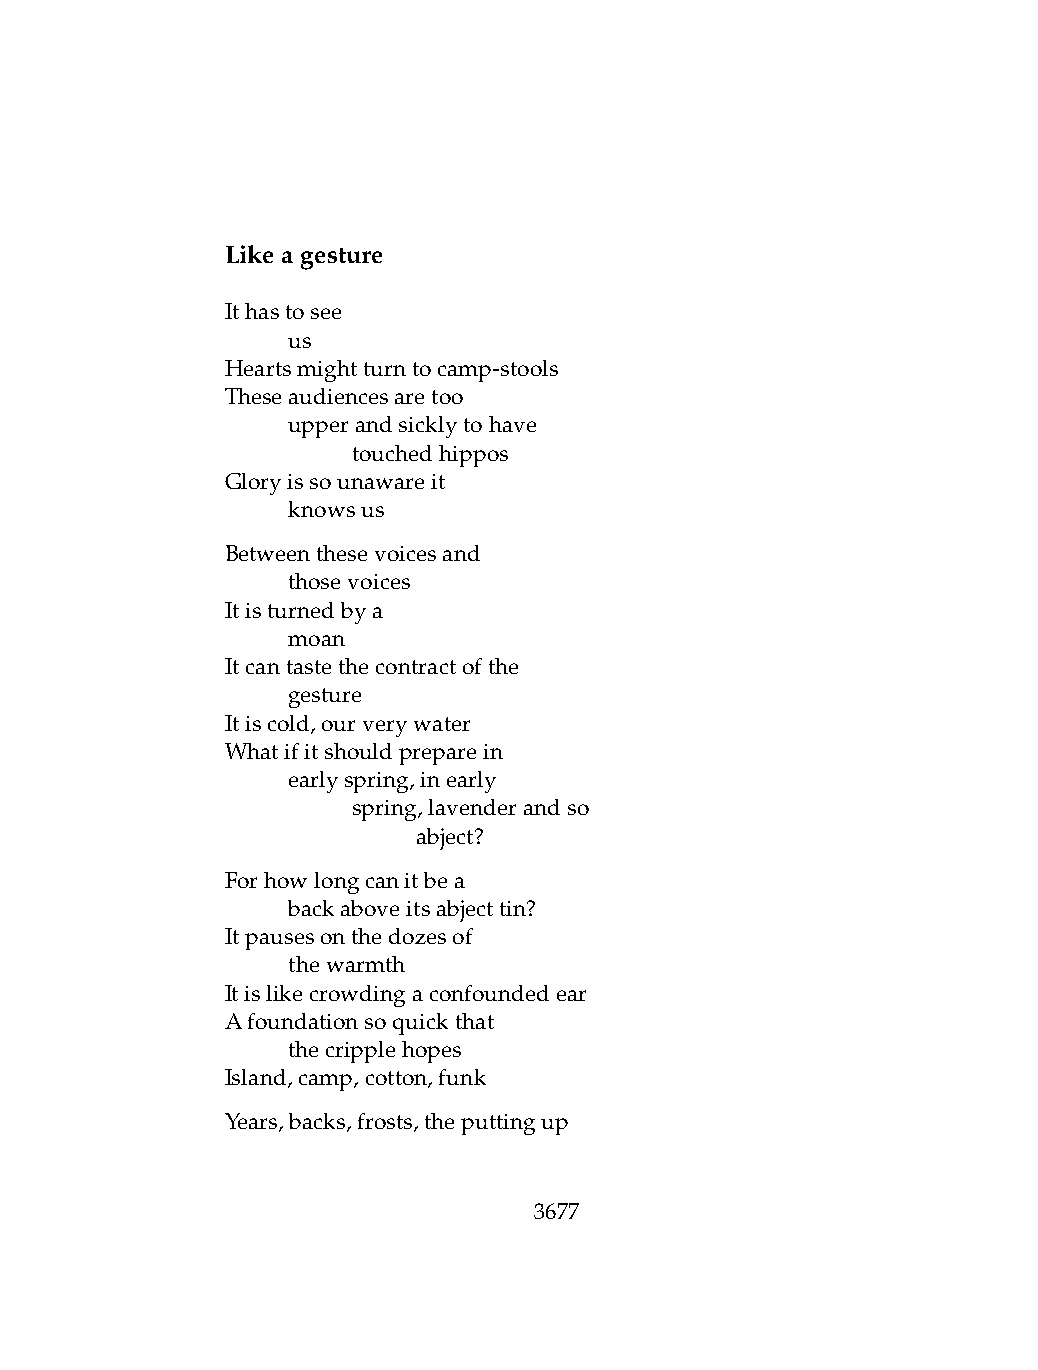
Likeagesture
 Ithastosee
 .   us
 Heartsmightturntocamp-stools
 Theseaudiencesaretoo
 .   upperandsicklytohave
 .   .   touchedhippos
 Gloryissounawareit
 .   knowsus
 Betweenthesevoicesand
 .   thosevoices
 Itisturnedbya
 .   moan
 Itcantastethecontractofthe
 .   gesture
 Itiscold,ourverywater
 Whatifitshouldpreparein
 .   earlyspring,inearly
 .   .   spring,lavenderandso
 .   .   .    abject?
 Forhowlongcanitbea
 .   backaboveitsabjecttin?
 Itpausesonthedozesof
 .   thewarmth
 Itislikecrowdingaconfoundedear
 Afoundationsoquickthat
 .   thecripplehopes
 Island,camp,cotton,funk
 Years,backs,frosts,theputtingup
 3677